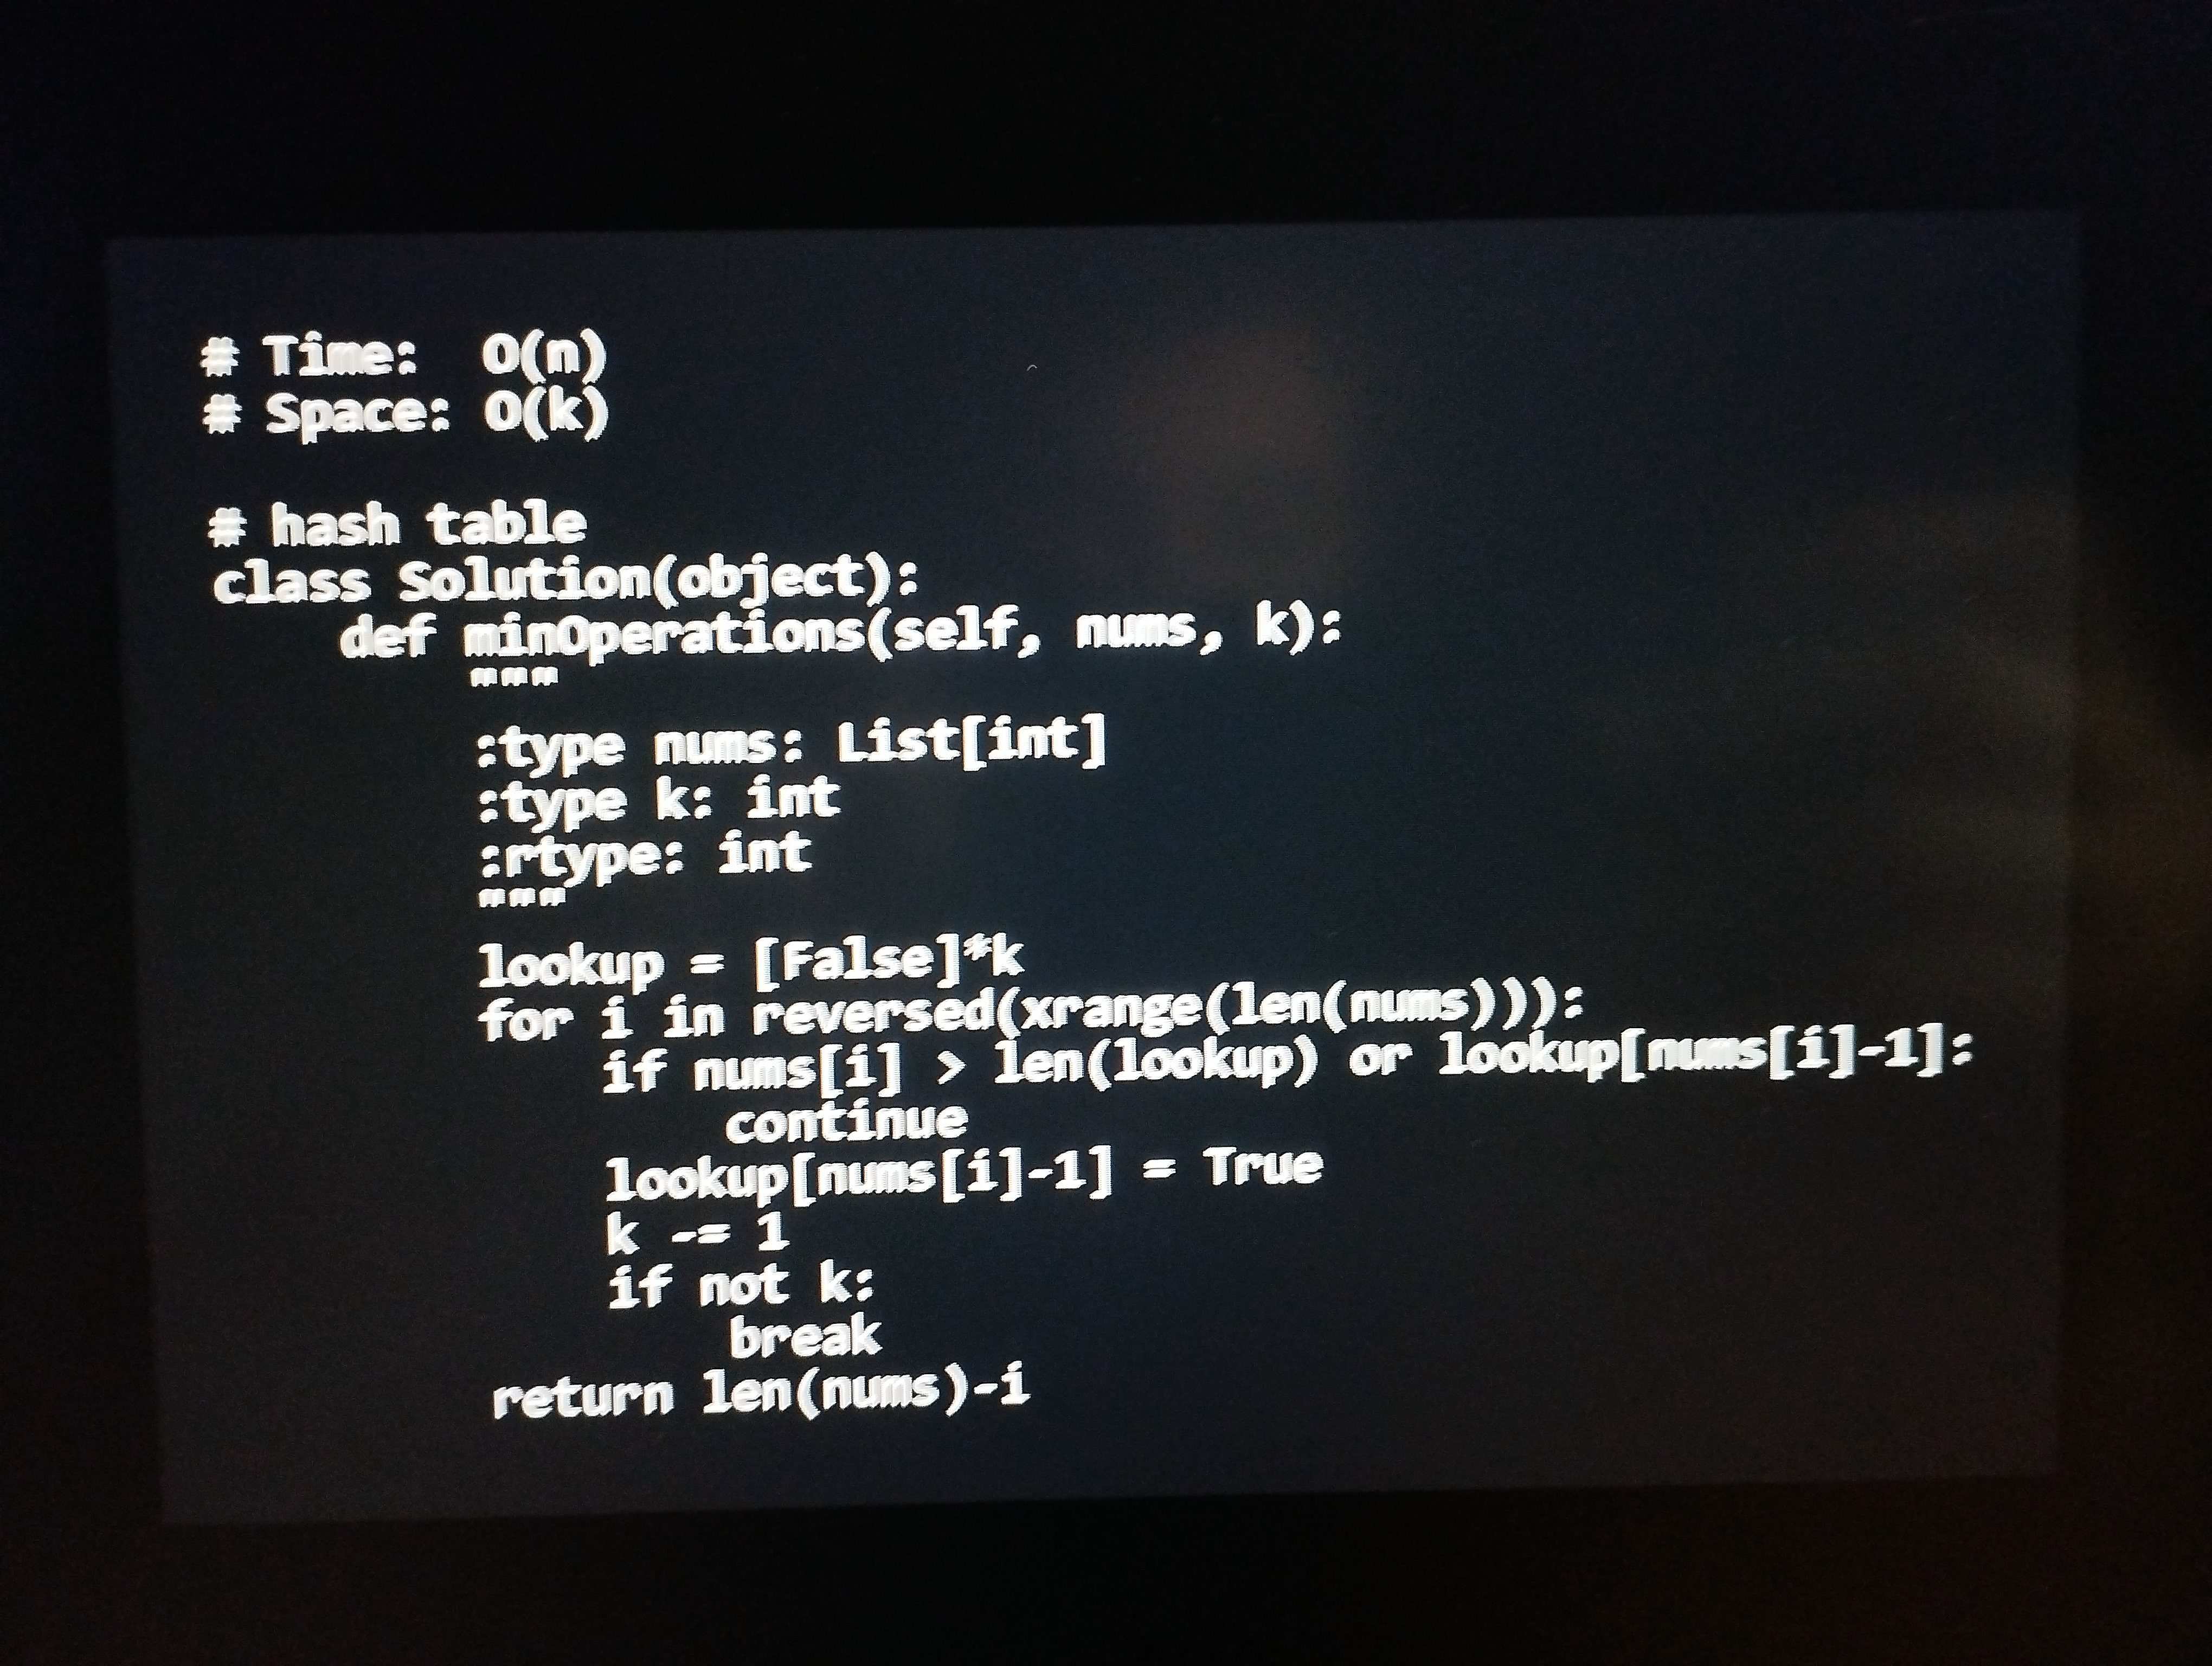
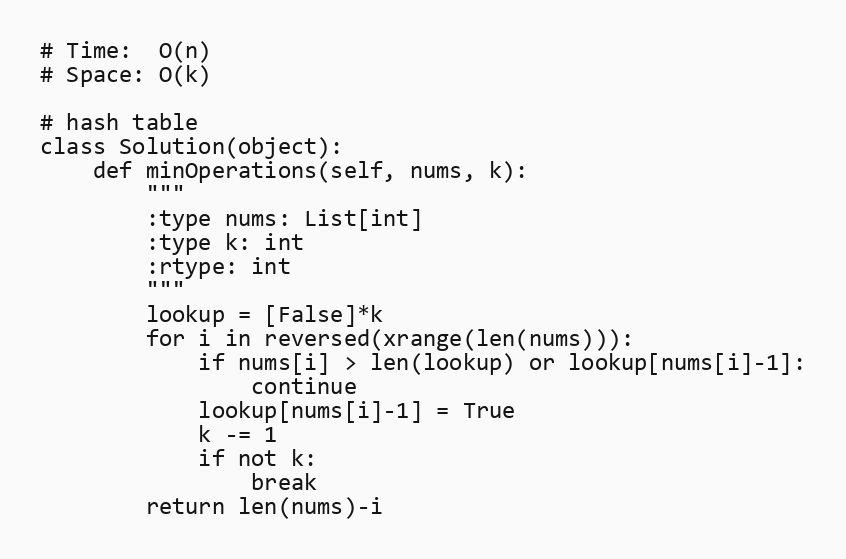
# Time:  O(n)
# Space: O(k)

# hash table
class Solution(object):
    def minOperations(self, nums, k):
        """
        :type nums: List[int]
        :type k: int
        :rtype: int
        """
        lookup = [False]*k
        for i in reversed(xrange(len(nums))):
            if nums[i] > len(lookup) or lookup[nums[i]-1]:
                continue
            lookup[nums[i]-1] = True
            k -= 1
            if not k:
                break
        return len(nums)-i